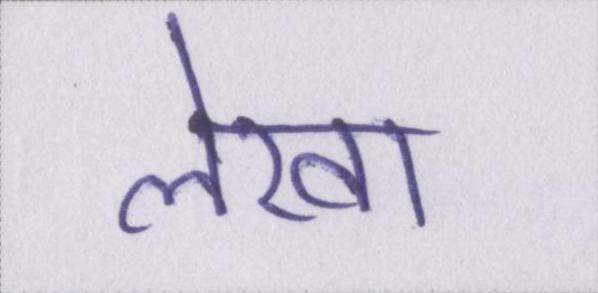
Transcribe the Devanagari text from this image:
लेखा